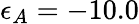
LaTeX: \epsilon_{A}=-10.0